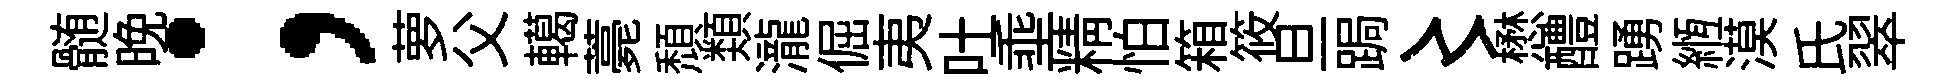
髄晩；萝父轕薧頹𩔖瀧倔夷吐埀精怕箱筱旦跼〻懋醴踴縆漠氏翠